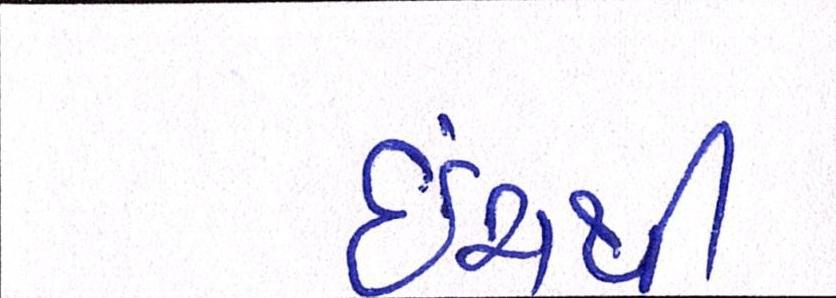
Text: ઇંચથી